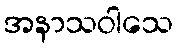
အနာသဝါသေ